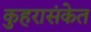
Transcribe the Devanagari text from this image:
कुहरासंकेत